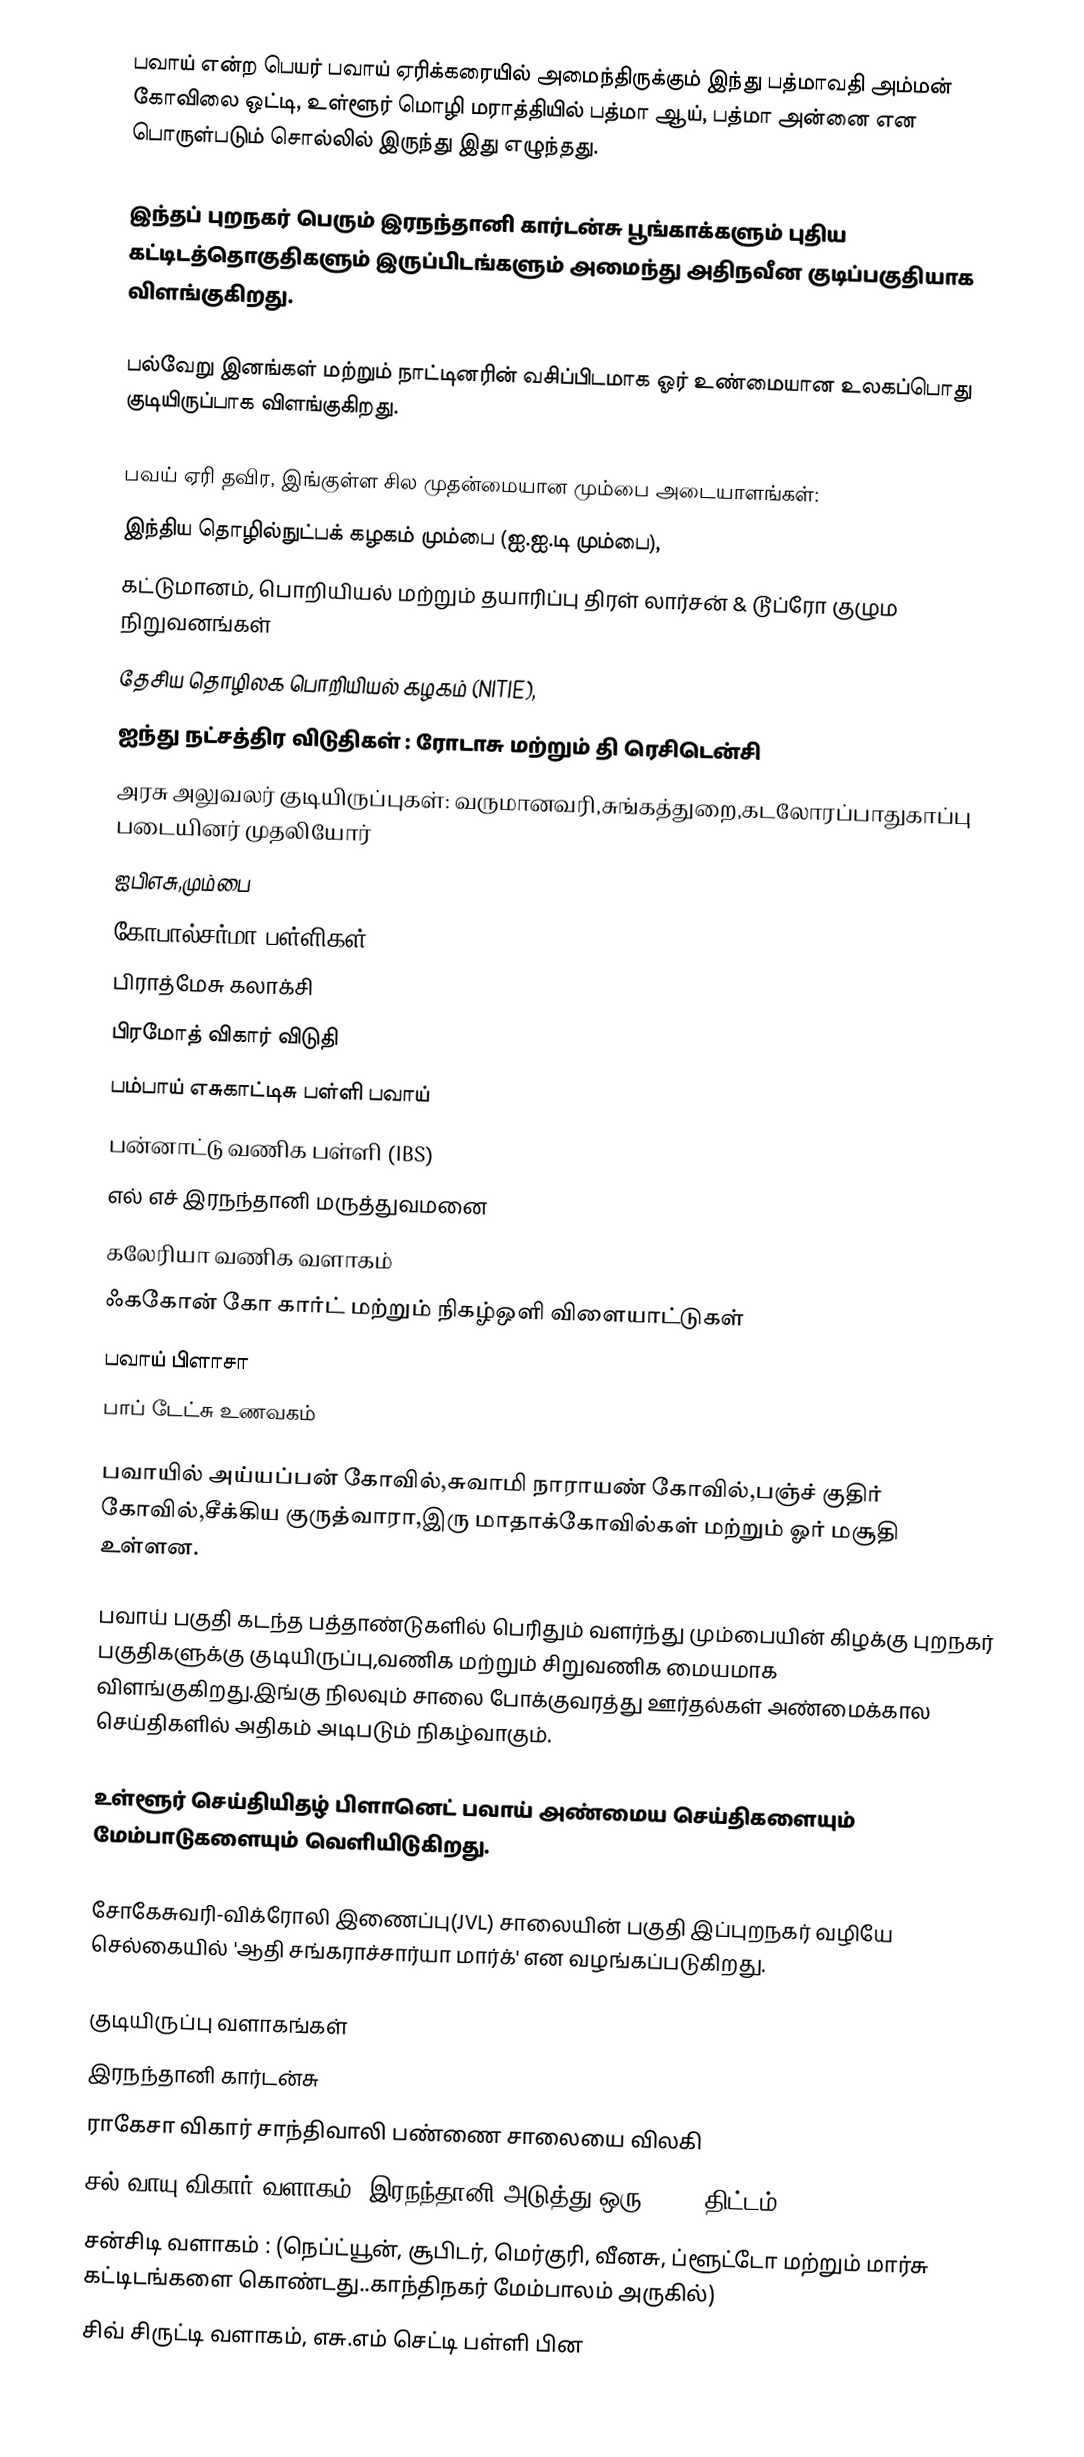
பவாய் என்ற பெயர் பவாய் ஏரிக்கரையில் அமைந்திருக்கும் இந்து பத்மாவதி அம்மன் கோவிலை ஒட்டி, உள்ளூர் மொழி மராத்தியில் பத்மா ஆய், பத்மா அன்னை என பொருள்படும் சொல்லில் இருந்து இது எழுந்தது.

இந்தப் புறநகர் பெரும் இரநந்தானி கார்டன்சு பூங்காக்களும் புதிய கட்டிடத்தொகுதிகளும் இருப்பிடங்களும் அமைந்து அதிநவீன குடிப்பகுதியாக விளங்குகிறது.

பல்வேறு இனங்கள் மற்றும் நாட்டினரின் வசிப்பிடமாக ஓர் உண்மையான உலகப்பொது குடியிருப்பாக விளங்குகிறது.

பவய் ஏரி தவிர, இங்குள்ள சில முதன்மையான மும்பை அடையாளங்கள்:
 இந்திய தொழில்நுட்பக் கழகம் மும்பை (ஐ.ஐ.டி மும்பை),
 கட்டுமானம், பொறியியல் மற்றும் தயாரிப்பு திரள் லார்சன் & டூப்ரோ குழும நிறுவனங்கள்
 தேசிய தொழிலக பொறியியல் கழகம் (NITIE),
 ஐந்து நட்சத்திர விடுதிகள் : ரோடாசு மற்றும் தி ரெசிடென்சி
 அரசு அலுவலர் குடியிருப்புகள்: வருமானவரி,சுங்கத்துறை,கடலோரப்பாதுகாப்பு படையினர் முதலியோர்
 ஐபிஎசு,மும்பை
 கோபால்சர்மா பள்ளிகள்
 பிராத்மேசு கலாக்சி
 பிரமோத் விகார் விடுதி
 பம்பாய் எசுகாட்டிசு பள்ளி பவாய்
 பன்னாட்டு வணிக பள்ளி (IBS)
 எல் எச் இரநந்தானி மருத்துவமனை
 கலேரியா வணிக வளாகம்
 ஃககோன் கோ கார்ட் மற்றும் நிகழ்ஒளி விளையாட்டுகள்
 பவாய் பிளாசா
 பாப் டேட்சு உணவகம்

பவாயில் அய்யப்பன் கோவில்,சுவாமி நாராயண் கோவில்,பஞ்ச் குதிர் கோவில்,சீக்கிய குருத்வாரா,இரு மாதாக்கோவில்கள் மற்றும் ஓர் மசூதி உள்ளன.

பவாய் பகுதி கடந்த பத்தாண்டுகளில் பெரிதும் வளர்ந்து மும்பையின் கிழக்கு புறநகர் பகுதிகளுக்கு குடியிருப்பு,வணிக மற்றும் சிறுவணிக மையமாக விளங்குகிறது.இங்கு நிலவும் சாலை போக்குவரத்து ஊர்தல்கள் அண்மைக்கால செய்திகளில் அதிகம் அடிபடும் நிகழ்வாகும்.

உள்ளூர் செய்தியிதழ் பிளானெட் பவாய்  அண்மைய செய்திகளையும் மேம்பாடுகளையும் வெளியிடுகிறது.

சோகேசுவரி-விக்ரோலி இணைப்பு(JVL) சாலையின் பகுதி இப்புறநகர் வழியே செல்கையில் 'ஆதி சங்கராச்சார்யா மார்க்' என வழங்கப்படுகிறது.

குடியிருப்பு வளாகங்கள்
 இரநந்தானி கார்டன்சு
 ராகேசா விகார் சாந்திவாலி பண்ணை சாலையை விலகி
 சல் வாயு விகார் வளாகம், இரநந்தானி அடுத்து(ஒரு MHADA திட்டம்)
 சன்சிடி வளாகம் : (நெப்ட்யூன், சூபிடர், மெர்குரி, வீனசு, ப்ளூட்டோ மற்றும் மார்சு கட்டிடங்களை கொண்டது..காந்திநகர் மேம்பாலம் அருகில்)
 சிவ் சிருட்டி வளாகம், எசு.எம் செட்டி பள்ளி பின